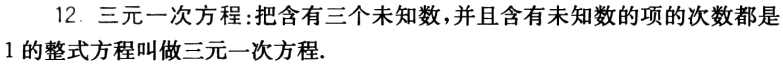
12. 三元一次方程:把含有三个未知数，并且含有未知数的项的次数都是1的整式方程叫做三元一次方程.